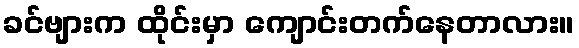
ခင်ဗျားက ထိုင်းမှာ ကျောင်းတက်နေတာလား။